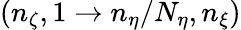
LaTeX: (n_{\zeta},1\rightarrow n_{\eta}/N_{\eta},n_{\xi})